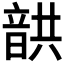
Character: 𩐠